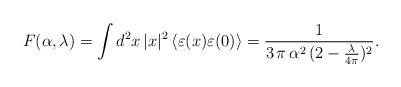
LaTeX: \begin{align*}F(\alpha,\lambda)=\int d^2x\, |x|^2\, \langle\varepsilon(x)\varepsilon(0)\rangle =\frac{1}{3\, \pi \,\alpha^2\,(2 - \frac{\lambda}{4\pi})^2}.\end{align*}